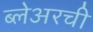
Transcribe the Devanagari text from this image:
ब्लेअरची